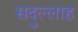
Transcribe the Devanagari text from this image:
सदुल्‍लाह